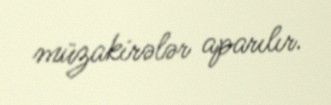
müzakirələr aparılır.